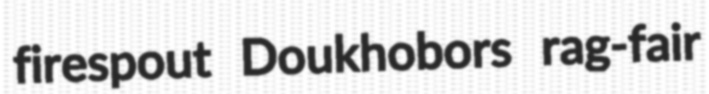
firespout Doukhobors rag-fair